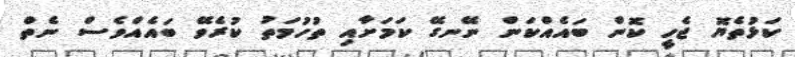
ކަޅުތެޔޮ ޖެހީ ކޮން ބައެއްކަން ނޭނގޭ ކަމަށާއި ތުހުމަތު ކުރެވޭ ބައެއްވެސް ނެތް